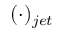
( \cdot ) _ { j e t }